Lock hospitals Punjab
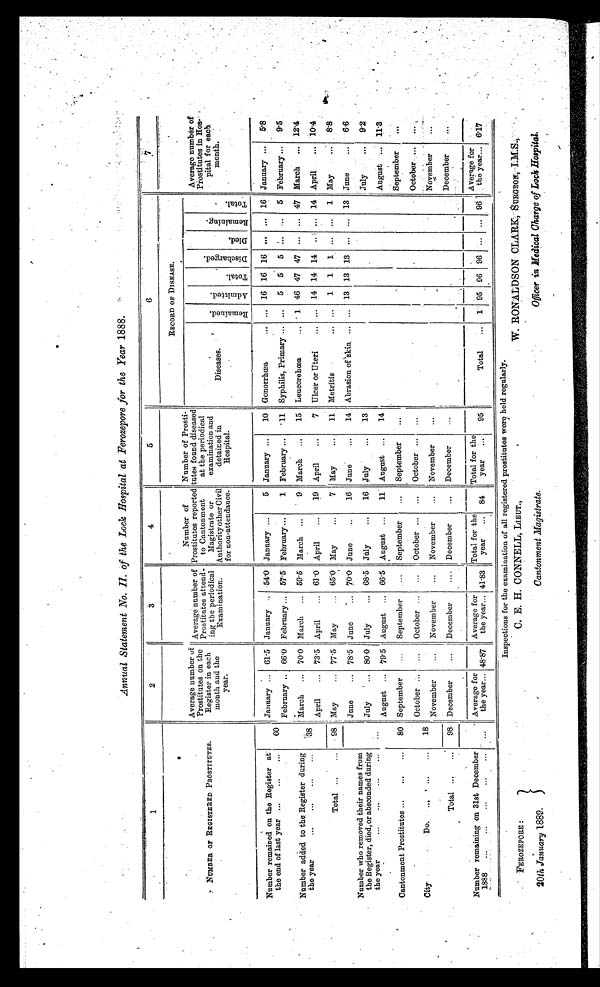
FEROZEPORE :
20th January 1889.
C. E. H. CONNELL, LIEUT.,
Cantonment Magistrate.
W. RONALDSON CLARK; SURGEON, I. M. S., .
Officer in Medical Charge of Lock Hospital.
Annual Statement No. II. of the Lock Hospital at Ferozepore for the Year 1888.
1
2
3
4
5
NUMBER F
O REGISTERED PROSTITUTES.
Average number
of Prostitutes on the
Register in each
month and the
year.
Prostitutes attend-
ing the periodica
l
e
Examination.
o-
Number
Prostitutes reported
to Cantonment
Magistrate
Authority other
for non-attendance.
Number of Prosti-
tutes found diseased
at the periodical
examination and
detained in
Hospital.
RECORD OF DISEASE.
Diseases.
R e m a i n e d .
A d m i t t e d .
T o t a l .
D i s c h a r g e d .
D i e d .
R e m a i n i n g .
T o t a l .
Average number of
Prostitutes in Hos-
pital for each
month.
Number remained on the Register at
the end of last year ...
...
...
60
January ...
61.5 January ..
54.0 January ...
5 January ...
10
Gonorrhœa
...
. . .
16 16 16
...
...
16 January ...
5.8
Number added to the: Register during
the year
...
...
...
...
38
February ... 66.0 February ...
57.5 February ...
1
February ...
11
Syphilis, Primary ... ...
5
5
5
. . . ...
5 February ...
9.5
March
...
70.0 March
...
59.5
March
...
9 March
...
15 Leucorehœa
...
1 46 47 47
...
... 47 March
... 12.4
Total ...
98
April
...
73.5 April
...
61.0 April
...
19 April
...
7 Ulcer or Uteri
...
14 14 14
. . .
... 14 April
...
10.4
May
...
77.5 May
...
65.0 May
...
7 May...
11 Metritis
. . .
. . .
1 1
... ...
1 May
... 8.8
Number who removed their names from
the Register, died, or absconded during
the year
...
...
...
...
...
June
...
78.5
June
...
70.0 June
16 June
...
14 Abrasion of skin ... ... 13 13 13 ... ... 13 June
...
6.6
July
...
80. 0 July
... 68.5 July
...
16 July
...
13
July
... 9.2
Cantonment Prostitutes ...
...
...
80
August ...
79.5 August
66.5 August ...
11 August ...
14
August ...
11.3
September
...
September
...
September
...
September
...
September
...
City
Do. ... . ...
18
October
...
October
...
October ...
...
October ...
...
October ...
...
Total ...
...
,
98
November
. . . November
...
November
...
November
...
November
. . .
December
...
December
...
December
...
December
December
. . .
Number remaining on 31st December
1888
..
...
...
...
...
Average for
the year... 48.87
Average for
the year... 41.83
Total for the
year
84
Total for the
year
...
95
Total
...
1 95 96 96 ... ... 96
Average
the year... 6.17
Inspections for the examination of all registered prostitutes were held regularly.